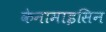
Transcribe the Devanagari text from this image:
केनामाइसिन